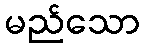
မည်သော